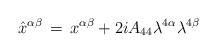
LaTeX: \begin{align*}\hat x^{\alpha \beta} \, = \, x^{\alpha \beta} + 2i A_{44}\lambda^{4 \alpha} \lambda^{4 \beta}\end{align*}